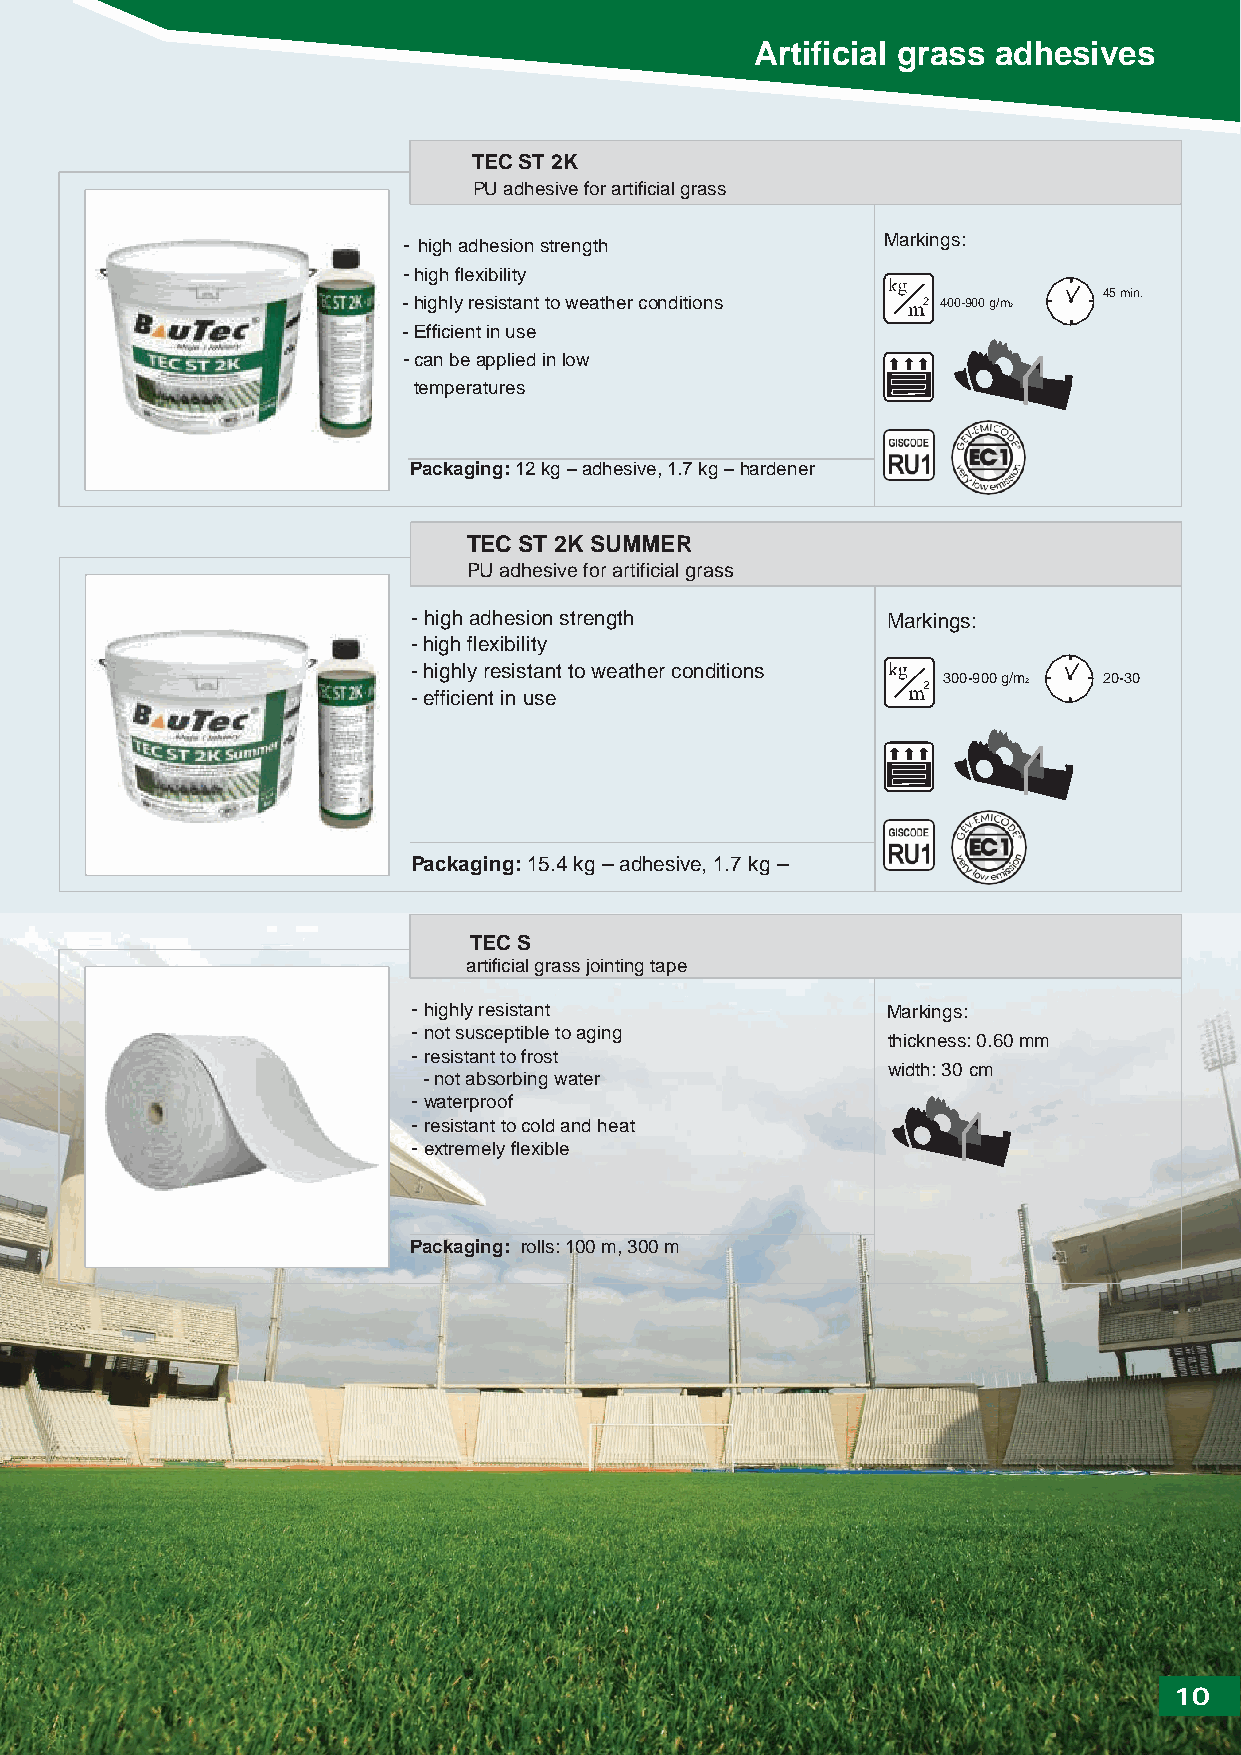
Artificial grass adhesives
 TEC ST 2K
 PU adhesive for artificial grass
 - high adhesion strength        Markings:
 -high flexibility
 45 min.
 - highly resistant to weather conditions 400-900 g/m2
 - Efficient in use
 -can be applied in low
 temperatures
 Packaging: 12 kg – adhesive, 1.7 kg – hardener
 TEC ST 2K SUMMER
 PU adhesive for artificial grass
 -high adhesion strength         Markings:
 -high flexibility
 -highly resistant to weather conditions
 300-900 g/m2 20-30
 -efficient in use
 Packaging: 15.4 kg – adhesive, 1.7 kg –
 TEC S
 artificial grass jointing tape
 -highly resistant               Markings:
 -not susceptible to aging
 thickness: 0.60 mm
 -resistant to frost
 width: 30 cm
 - not absorbing water
 -waterproof
 -resistant to cold and heat
 -extremely flexible
 Packaging: rolls: 100 m, 300 m
 10